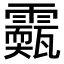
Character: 𩆣